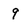
Character: 9